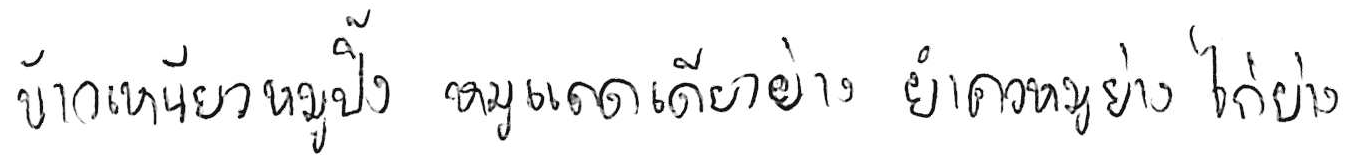
ข้าวเหนียวหมูปิ้ง หมูแดดเดียวย่าง ยำคอหมูย่าง ไก่ย่าง